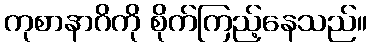
ကုစာနာဂိကို စိုက်ကြည့်နေသည်။